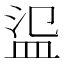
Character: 䀀